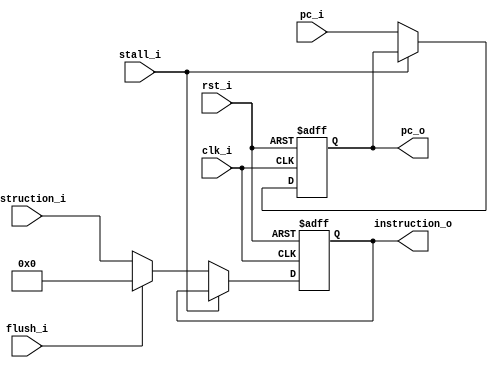
module IF_ID
(
    clk_i,
    rst_i,
    instruction_i,
    pc_i,
    flush_i,
    stall_i,
    instruction_o,
    pc_o

);

input   rst_i, clk_i, stall_i, flush_i;
input [31:0] instruction_i, pc_i;
output reg[31:0] instruction_o, pc_o;

always @(posedge clk_i or negedge rst_i) begin
    if (~rst_i) begin
        instruction_o <= 32'b0;
        pc_o <= 32'b0;
    end
    else if (~stall_i) begin
        pc_o <= pc_i;
        instruction_o <= (flush_i) ? 32'b0 : instruction_i;
    end
end

endmodule